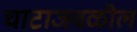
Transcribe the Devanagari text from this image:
घाटाजवळील